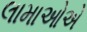
લામાઓએ